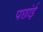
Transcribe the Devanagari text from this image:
पछांई